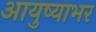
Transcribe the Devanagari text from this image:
आयुष्याभर